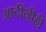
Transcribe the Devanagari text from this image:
आदींनीही